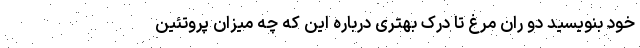
خود بنویسید دو ران مرغ تا درک بهتری درباره این که چه میزان پروتئین